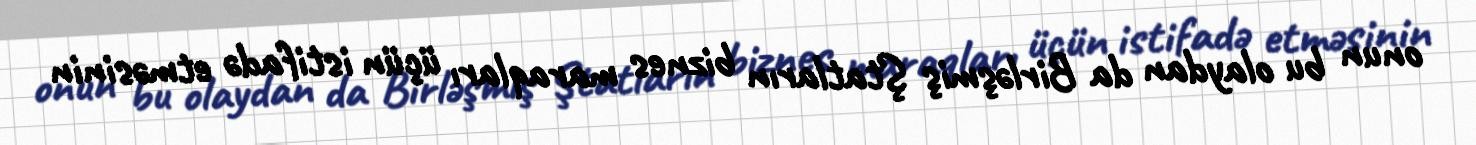
onun bu olaydan da Birləşmiş Ştatların biznes maraqları üçün istifadə etməsinin